65_HS1-834228961_62-HQ-83894_Section_3
Agency: FBI
Page 86
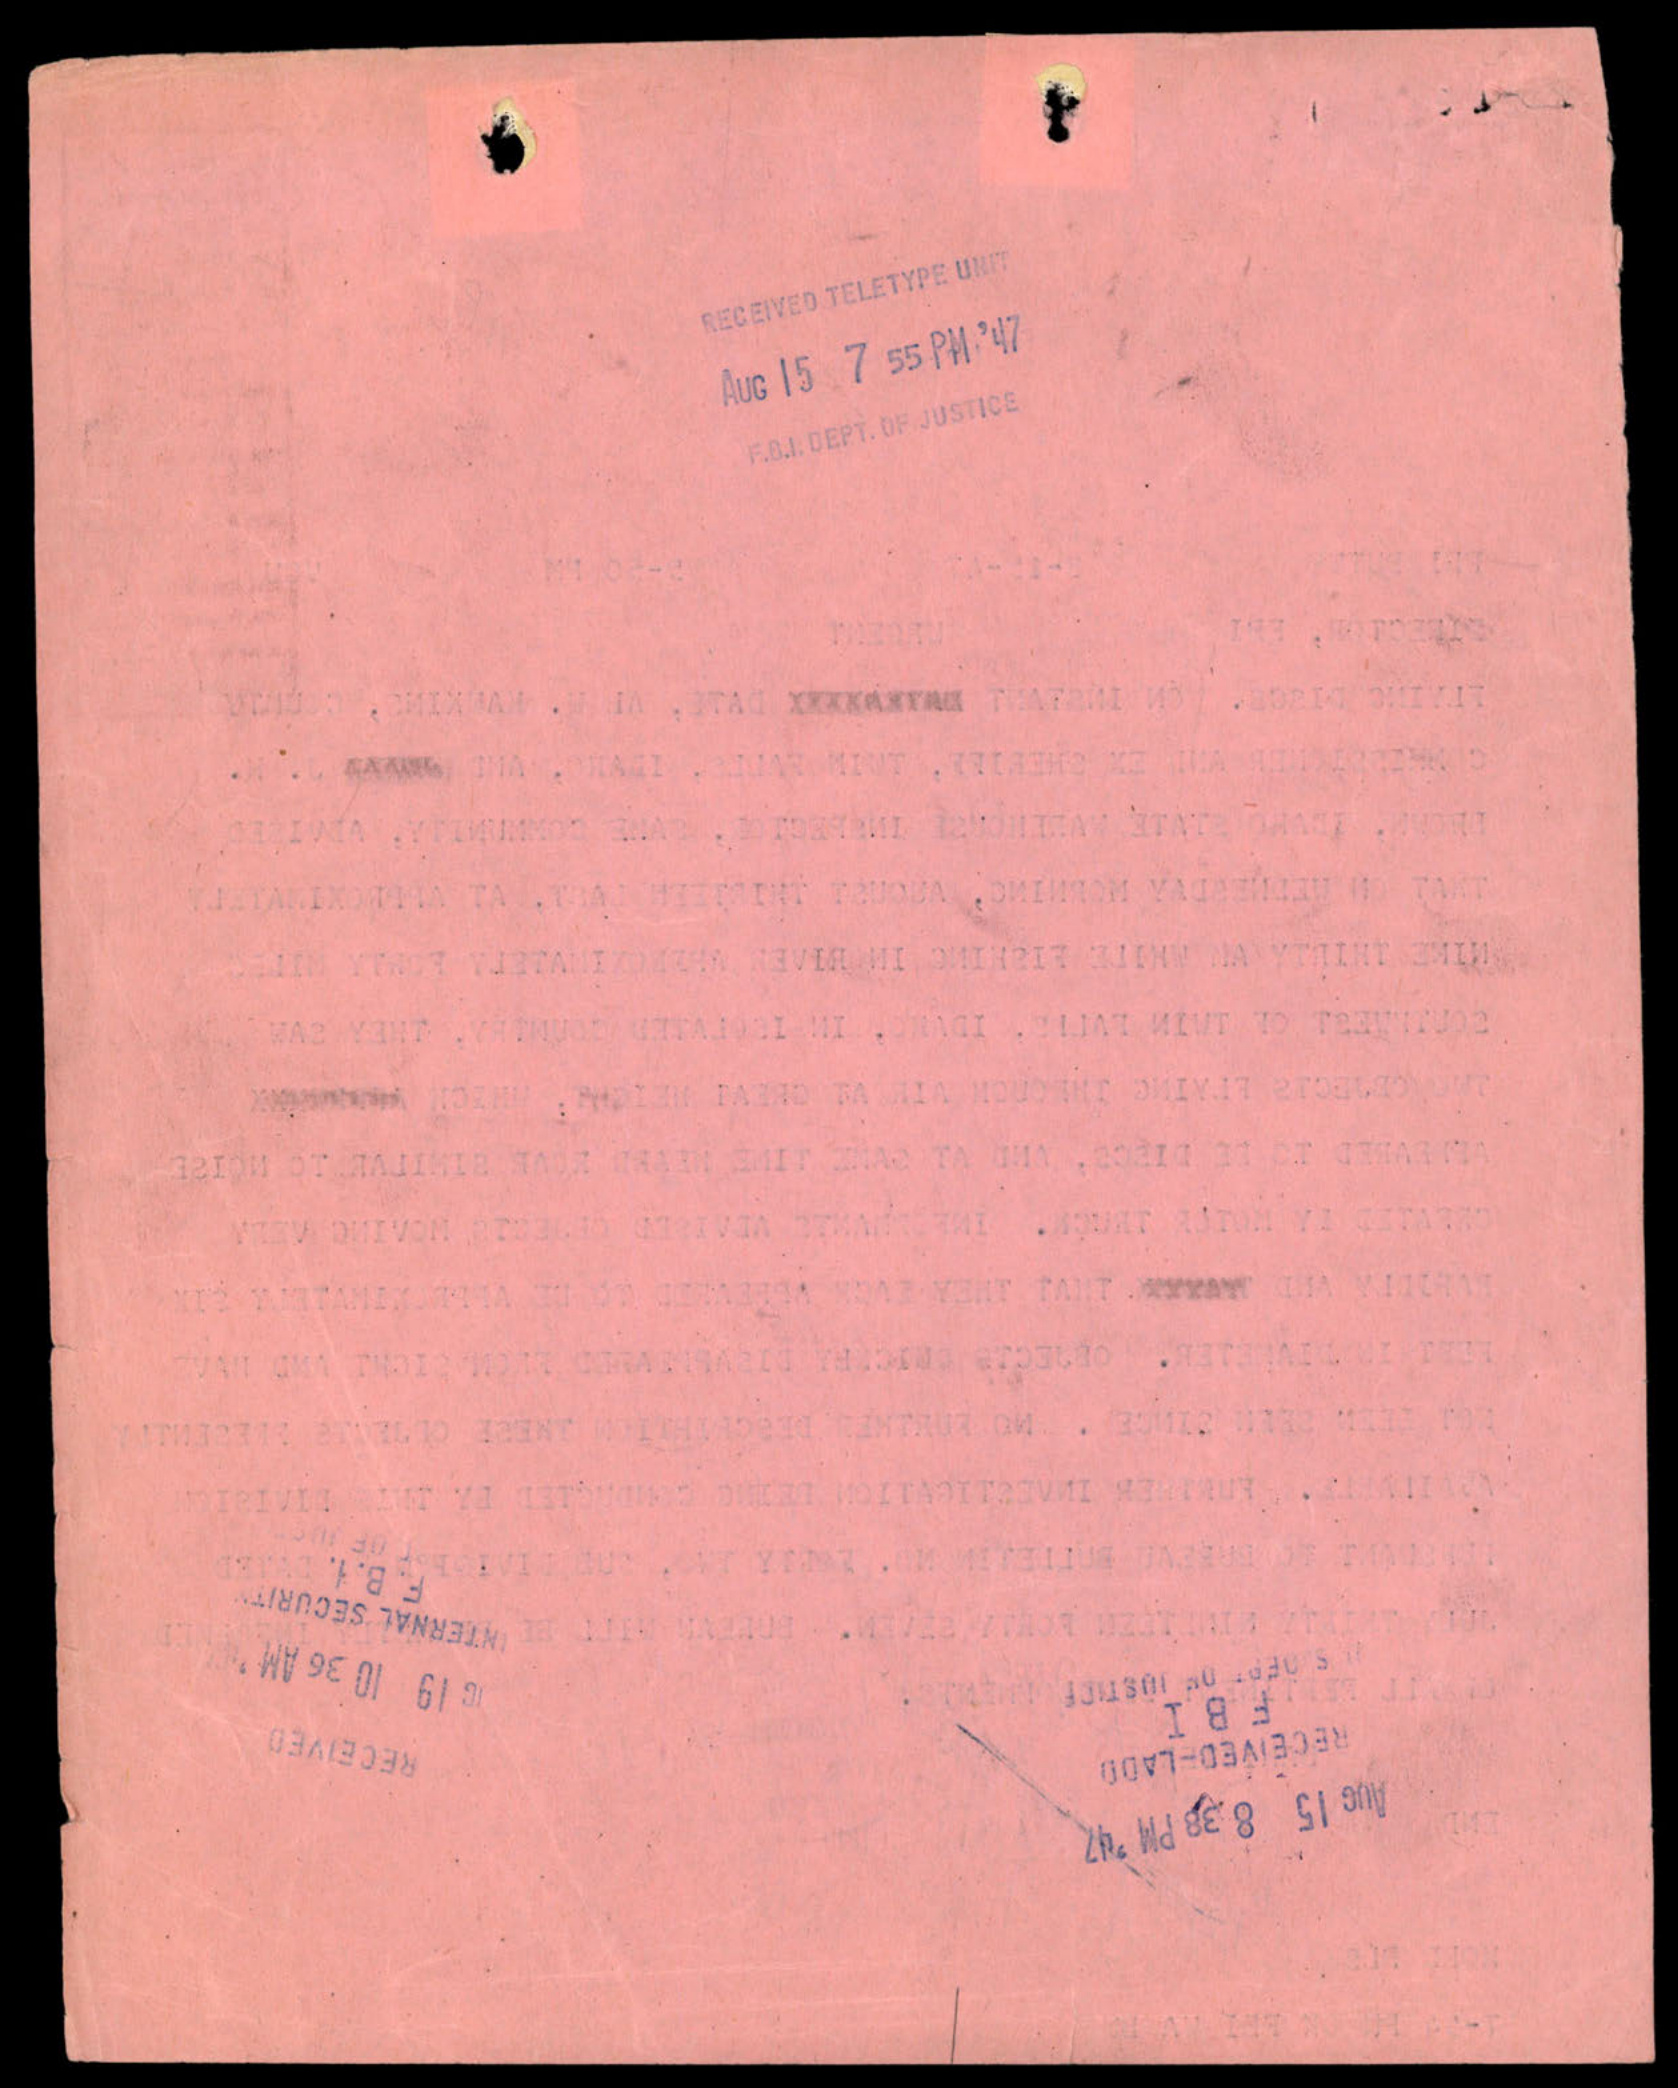